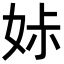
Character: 𡜔